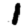
Digit: 1